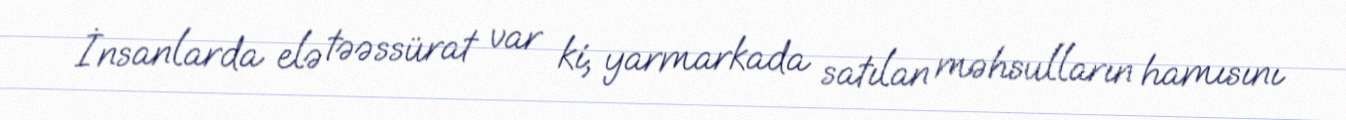
İnsanlarda elə təəssürat var ki, yarmarkada satılan məhsulların hamısını